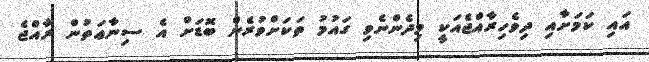
އައި ކަމަށާއި ދިވެހިރާއްޖެއަކީ މިދެންނެވި ގައުމު ތަކަށްވުރެން ބޮޑަށް އެ ސިނާޢަތުން ރާއްޖެ